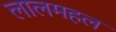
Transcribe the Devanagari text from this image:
लालमहल